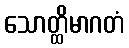
သောတ္ထိမာဂတံ